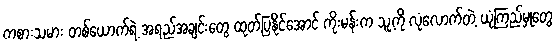
ကစားသမား တစ်ယောက်ရဲ့ အရည်အချင်းတွေ ထုတ်ပြနိုင်အောင် ကိုးမန်းက သူ့ကို လုံလောက်တဲ့ ယုံကြည်မှုတွေ